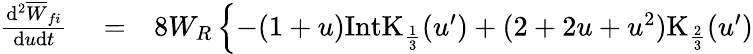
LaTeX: \begin{array}{rlr}{\frac{\mathrm{d}^{2}{\overline{{W}}}_{fi}}{\mathrm{d}u\mathrm{d}t}}&{{}=}&{8W_{R}\left\{ -(1+u)\mathrm{IntK}_{\frac{1}{3}}(u^{\prime})+(2+2u+u^{2})\mathrm{K}_{\frac{2}{3}}(u^{\prime})\right.}\end{array}